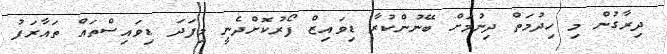
ދިރާގުން މި ހިދުމަތް ދިނުމަށް ބޭނުންކުރާ ޑިވައިޒް ފޯރުކޮށްދެނީ މިފަދަ ޑިވައިސްތައް ތައާރަފު